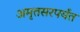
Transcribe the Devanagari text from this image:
अमृतसरपर्यंत